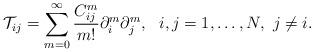
LaTeX: \begin{align*}\mathcal{T}_{ij}=\sum_{m=0}^{\infty}\frac{C_{ij}^m}{m!}\partial_i^m\partial_j^m, \ \ i,j=1,\ldots,N, \ j\neq i.\end{align*}